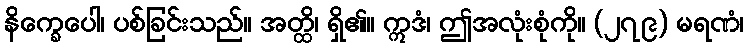
နိက္ခေပေါ၊ ပစ်ခြင်းသည်။ အတ္ထိ၊ ရှိ၏။ ဣဒံ၊ ဤအလုံးစုံကို။ (၂၇၉) မရဏံ၊